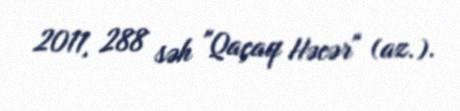
2011, 288 səh "Qaçaq Həcər" (az.).